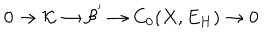
0 \rightarrow { \cal K } \rightarrow { \cal B ^ { ' } } \rightarrow C _ { 0 } ( X , E _ { H } ) \rightarrow 0